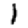
Digit: 1